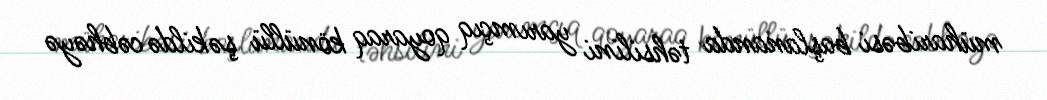
müharibəsi başlananda təhsilini yarımçıq qoyaraq könüllü şəkildə cəbhəyə